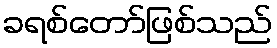
ခရစ်တော်ဖြစ်သည်